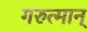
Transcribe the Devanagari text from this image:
गरुत्मान्